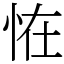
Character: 恠